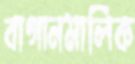
বাগানমালিক